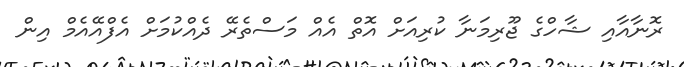
ރޮނާއާއި ޝާހްގެ ޖޫރިމަނާ ކުރިއަށް އޮތް އެއް މަސްތެރޭ ދެއްކުމަށް އެފްއޭއެމް އިން